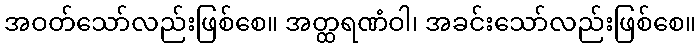
အဝတ်သော်လည်းဖြစ်စေ။ အတ္ထရဏံဝါ၊ အခင်းသော်လည်းဖြစ်စေ။